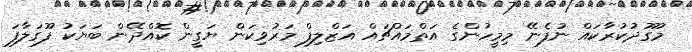
މުގޫދުކުރާކައް ނުފެނޭ މިމީހުންގެ އަތްމައްޗައް އަޒްލިފް މަރުވިކަން ޔަގީން ކޮއްދޭން ބަޔަކު ފޫގަލާފަ